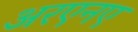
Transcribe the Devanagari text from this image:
अरएनए